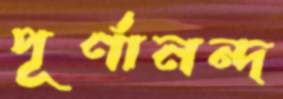
পূর্ণানন্দ